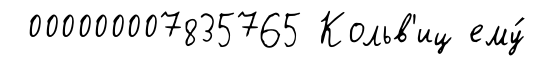
000000007835765 Кольв'иц ему́